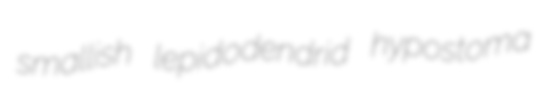
smallish lepidodendrid hypostoma